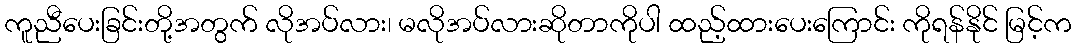
ကူညီပေးခြင်းတို့အတွက် လိုအပ်လား၊ မလိုအပ်လားဆိုတာကိုပါ ထည့်ထားပေးကြောင်း ကိုရန်နိုင် မြင့်က